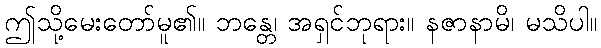
ဤသို့မေးတော်မူ၏။ ဘန္တေ၊ အရှင်ဘုရား။ နဇာနာမိ၊ မသိပါ။